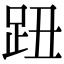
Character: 𧿔